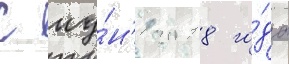
С иу́н'я 2018 го́да